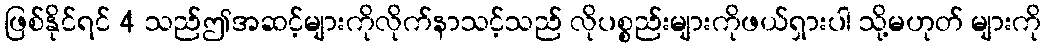
ဖြစ်နိုင်ရင် 4 သည်ဤအဆင့်များကိုလိုက်နာသင့်သည် လိုပစ္စည်းများကိုဖယ်ရှားပါ သို့မဟုတ် များကို